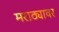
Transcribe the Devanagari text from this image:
मराठ्यावर